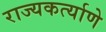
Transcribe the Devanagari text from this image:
राज्यकर्त्याणे